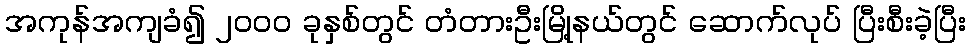
အကုန်အကျခံ၍ ၂၀၀၀ ခုနှစ်တွင် တံတားဦးမြို့နယ်တွင် ဆောက်လုပ် ပြီးစီးခဲ့ပြီး